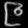
Digit: ၉